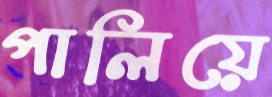
পালিয়ে